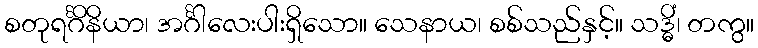
စတုရင်္ဂိနိယာ၊ အင်္ဂါလေးပါးရှိသော။ သေနာယ၊ စစ်သည်နှင့်။ သဒ္ဓိံ၊ တကွ။